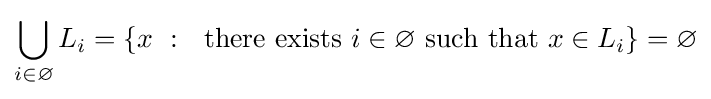
\bigcup _{i\in \varnothing }L_{i}=\{x~:~{\text{ there exists }}i\in \varnothing {\text{ such that }}x\in L_{i}\}=\varnothing